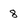
Character: 8